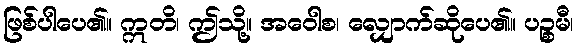
ဖြစ်ပါပေ၏။ ဣတိ၊ ဤသို့။ အဝေါစ၊ လျှောက်ဆိုပေ၏။ ပဉ္စမီ၊